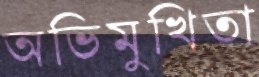
অভিমুখিতা